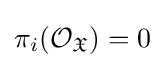
\pi _{i}({\mathcal {O}}_{\mathfrak {X}})=0